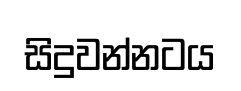
සිදුවන්නටය